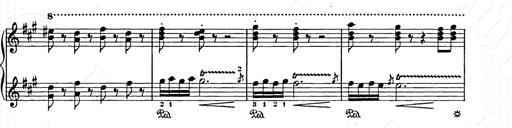
Title: Weihnachtsbaum
Composer: Franz Liszt